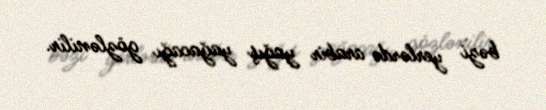
bəzi yerlərdə arabir yağış yağacağı gözlənilir.